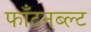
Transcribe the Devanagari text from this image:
फॉंटनब्ल्ट